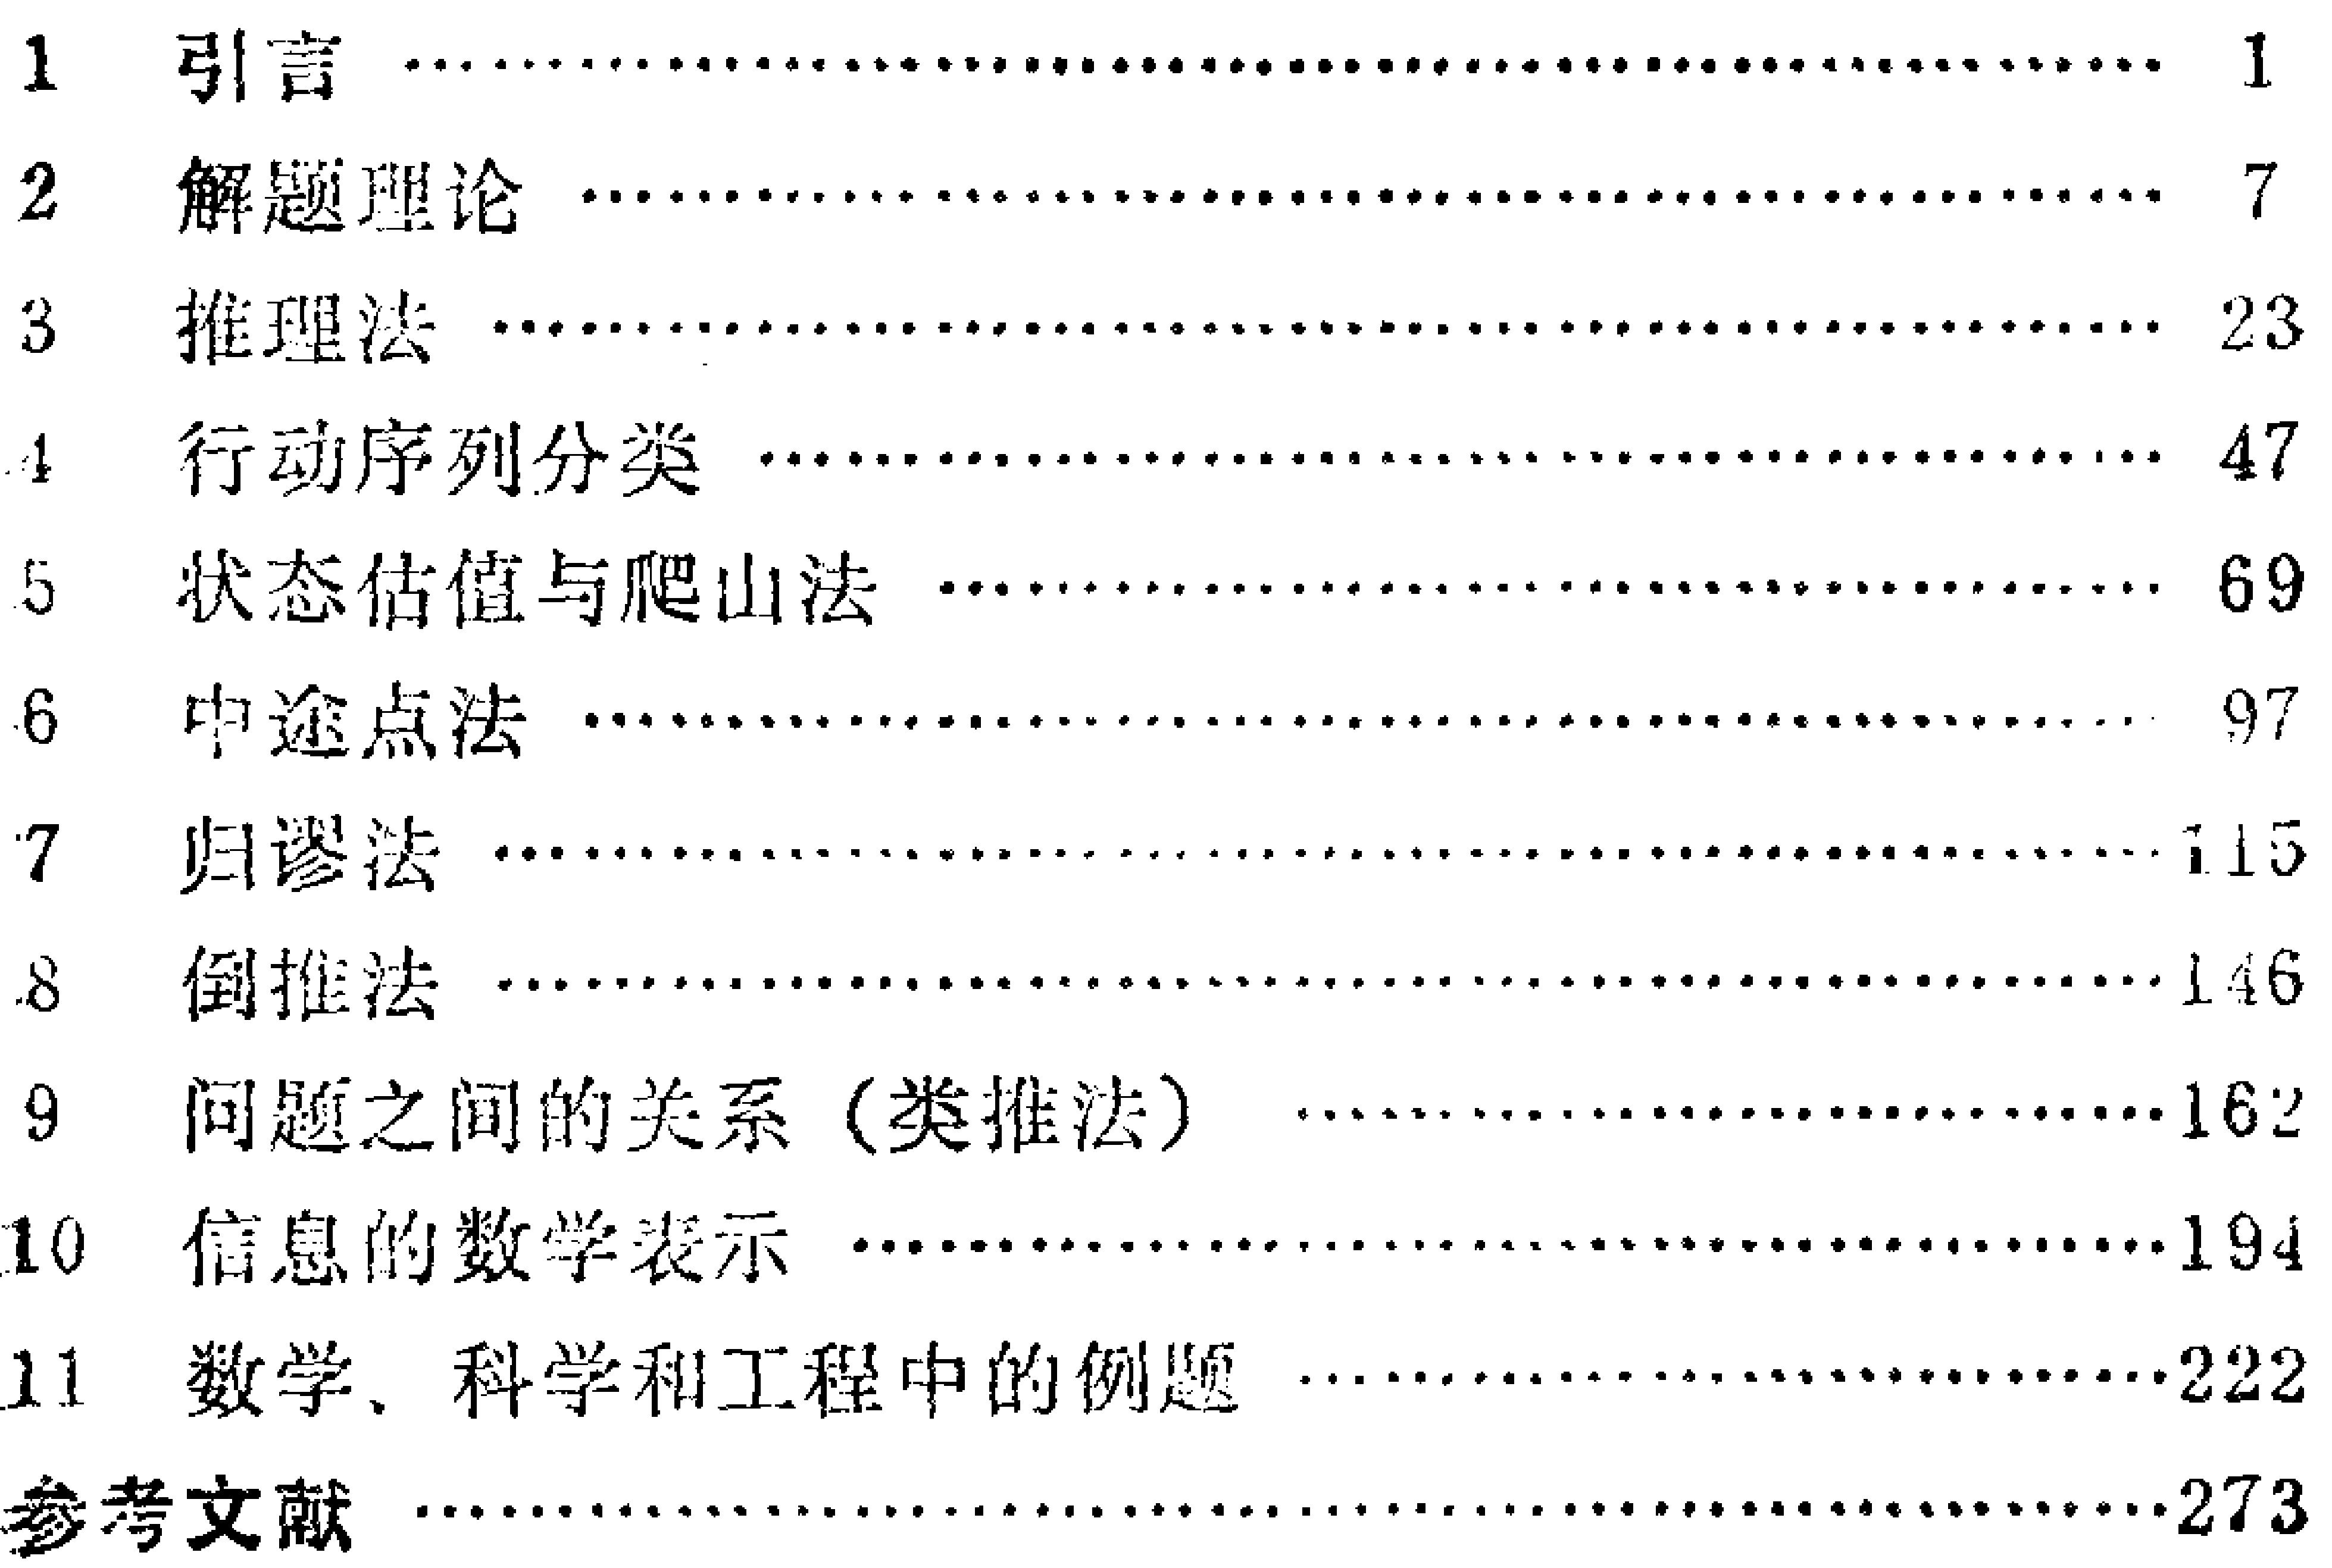
\begin{enumerate}

\item 引言 \hfill 1

\item 解题理论 \hfill 7

\item 推理法 \hfill 23

\item 行动序列分类 \hfill 47

\item 状态估值与爬山法 \hfill 69

\item 中途点法 \hfill 97

\item 归谬法 \hfill 115

\item 倒推法 \hfill 146

\item 问题之间的关系（类推法） \hfill 162

\item 信息的数学表示 \hfill 194

\item 数学、科学和工程中的例题 \hfill 222

\item 参考文献 \hfill 273

\end{enumerate}